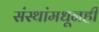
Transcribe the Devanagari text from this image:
संस्थांमधूनही